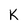
Character: K